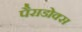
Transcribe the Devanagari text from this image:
पैराडोक्स